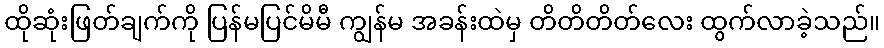
ထိုဆုံးဖြတ်ချက်ကို ပြန်မပြင်မိမီ ကျွန်မ အခန်းထဲမှ တိတိတိတ်လေး ထွက်လာခဲ့သည်။